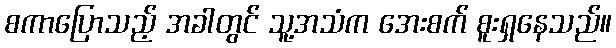
စကာပြောသည့် အခါတွင် သူ့အသံက အေးစက် စူးရှနေသည်။